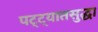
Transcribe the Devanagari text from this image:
पट्ट्यातसुद्धा